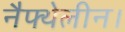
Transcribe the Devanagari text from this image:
नैफ्थेलीन।